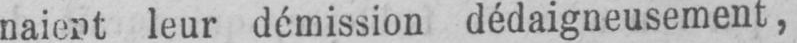
naient leur démission dédaigneusement,